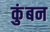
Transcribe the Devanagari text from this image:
कुंबन